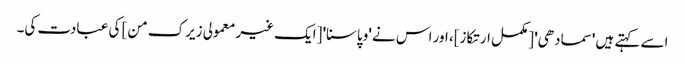
اسے کہتے ہیں 'سمادھی' [مکمل ارتکاز]، اور اس نے 'وپاسنا' [ایک غیر معمولی زیرک من] کی عبادت کی۔